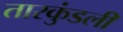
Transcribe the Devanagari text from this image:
तारकुंडली